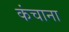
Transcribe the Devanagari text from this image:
कंचाना